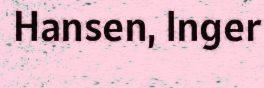
Hansen, Inger